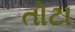
તોટા